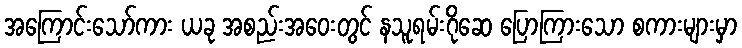
အကြောင်းသော်ကား ယခု အစည်းအဝေးတွင် နသူရမ်းဂိုဆေ ပြောကြားသော စကားများမှာ